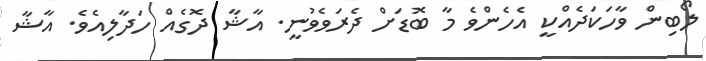
ލޯބިން ވާހަކަދެއްކީ އެހެންވެ މާ ބޮޑަށް ދެރަވެވުނީ. އާޝާ ދޮގެއް ހަދާލިއެވެ. އާޝާ